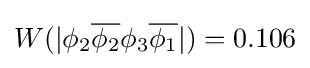
W(|\phi _{2}{\overline {\phi _{2}}}\phi _{3}{\overline {\phi _{1}}}|)=0.106